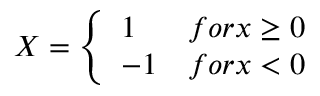
X = \left\{ \begin{array} { l l } { 1 } & { f o r x \ge 0 } \\ { - 1 } & { f o r x < 0 } \end{array} \right.